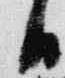
日